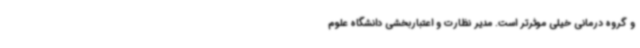
و گروه درمانی خیلی موثرتر است. مدیر نظارت و اعتباربخشی دانشگاه علوم